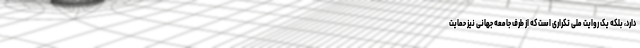
دارد، بلکه یک روایت ملی تکراری است که از طرف جامعه جهانی نیز حمایت